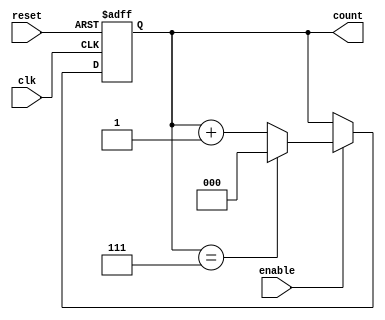
module binary_up_counter #
(
    parameter N = 3 // Parameter for the number of bits (default: 3-bit counter)
)
(
    input wire clk,        // Clock signal
    input wire reset,      // Asynchronous reset signal (active high)
    input wire enable,     // Enable signal (active high)
    output reg [N-1:0] count // Output count
);

// Asynchronous reset and counting logic
always @(posedge clk or posedge reset) begin
    if (reset) begin
        count <= 0; // Reset count to 0
    end else if (enable) begin
        if (count == (1 << N) - 1) begin
            count <= 0; // Wrap around to 0 if max count is reached
        end else begin
            count <= count + 1; // Increment count
        end
    end
end

endmodule